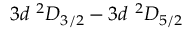
3 d \ ^ { 2 } D _ { 3 / 2 } - 3 d \ ^ { 2 } D _ { 5 / 2 }